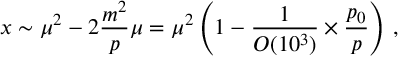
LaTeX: x \sim \mu ^ { 2 } - 2 \frac { m ^ { 2 } } { p } \mu = \mu ^ { 2 } \left( 1 - \frac { 1 } { { \cal O } ( 1 0 ^ { 3 } ) } \times \frac { p _ { 0 } } { p } \right) \, ,